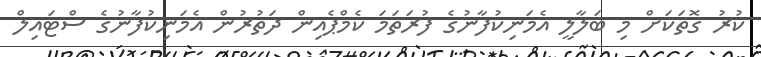
ކުރު ގޮތަކަށް މި ބަލާލީ އެމަނިކުފާނުގެ ފުރަތަމަ ކެމްޕެއިން ދަތުރުން އެމަނިކުފާނުގެ ސްޓައިލް